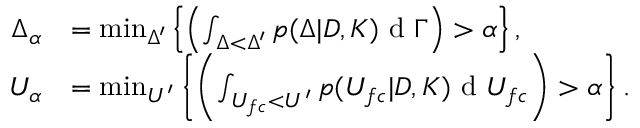
\begin{array} { r l } { \Delta _ { \alpha } } & { = \operatorname* { m i n } _ { \Delta ^ { \prime } } \left\{ \left( \int _ { \Delta < \Delta ^ { \prime } } p ( \Delta | D , K ) \textup { d } \Gamma \right) > \alpha \right\} , } \\ { U _ { \alpha } } & { = \operatorname* { m i n } _ { U ^ { \prime } } \left\{ \left( \int _ { U _ { f c } < U ^ { \prime } } p ( U _ { f c } | D , K ) \textup { d } U _ { f c } \right) > \alpha \right\} . } \end{array}